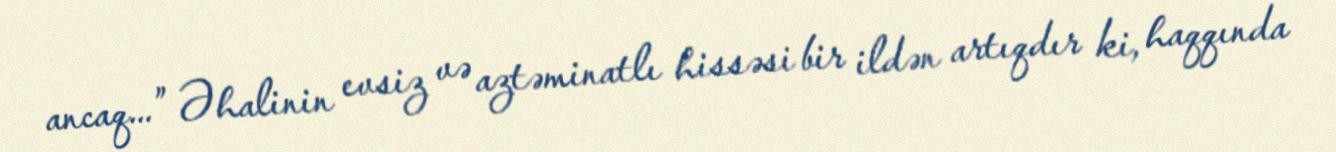
ancaq...” Əhalinin evsiz və aztəminatlı hissəsi bir ildən artıqdır ki, haqqında